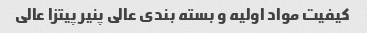
کیفیت مواد اولیه و بسته بندی عالی پنیر پیتزا عالی